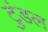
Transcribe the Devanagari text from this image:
टुंडल